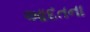
આદતના